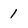
Character: 1